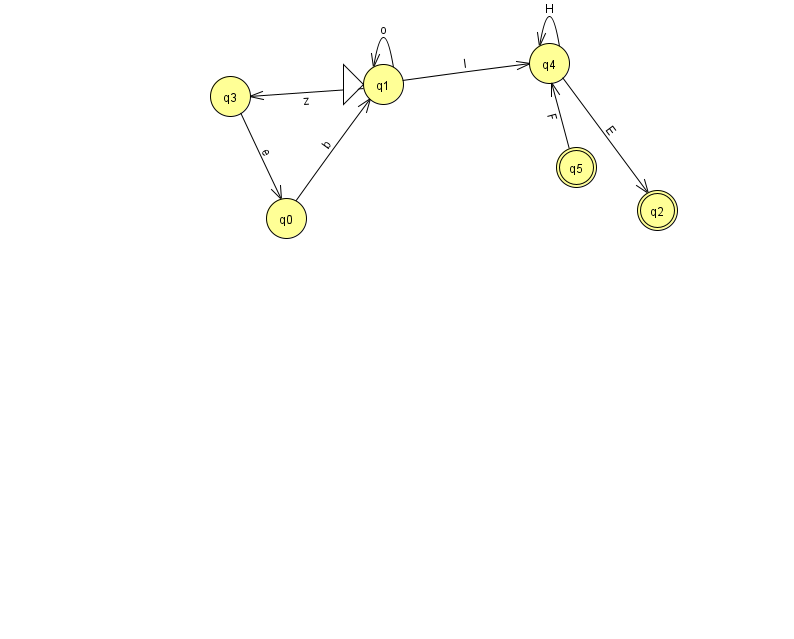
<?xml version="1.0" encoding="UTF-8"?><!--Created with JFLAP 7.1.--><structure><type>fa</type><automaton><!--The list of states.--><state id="0" name="q0"><x>286.0</x><y>205.0</y></state><state id="1" name="q1"><x>383.0</x><y>71.0</y><initial/></state><state id="2" name="q2"><x>657.0</x><y>197.0</y><final/></state><state id="3" name="q3"><x>230.0</x><y>83.0</y></state><state id="4" name="q4"><x>549.0</x><y>50.0</y></state><state id="5" name="q5"><x>576.0</x><y>154.0</y><final/></state><!--The list of transitions.--><transition><from>3</from><to>0</to><read>e</read></transition><transition><from>0</from><to>1</to><read>b</read></transition><transition><from>5</from><to>4</to><read>F</read></transition><transition><from>1</from><to>4</to><read>I</read></transition><transition><from>4</from><to>2</to><read>E</read></transition><transition><from>4</from><to>4</to><read>H</read></transition><transition><from>1</from><to>1</to><read>o</read></transition><transition><from>1</from><to>3</to><read>z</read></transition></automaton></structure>